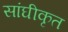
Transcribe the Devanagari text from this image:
सांघीकृत